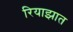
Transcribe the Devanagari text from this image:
रियाझात